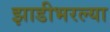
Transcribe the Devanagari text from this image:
झाडीभरल्या